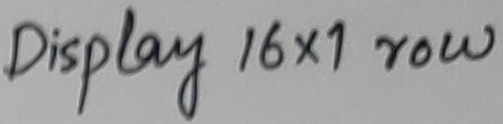
Text: Display 16x1 row